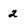
Character: 2